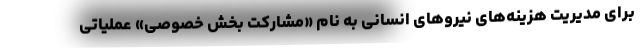
برای مدیریت هزینه‌های نیروهای انسانی به نام «مشارکت بخش خصوصی» عملیاتی